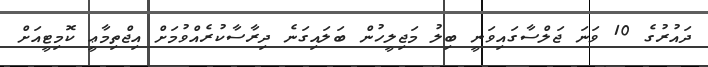
ދައުރުގެ 10 ވަނަ ޖަލްސާގައިވަނީ ބިލު މަޖިލީހުން ބަލައިގަނެ ދިރާސާކުރެއްވުމަށް އިޖްތިމާޢީ ކޮމިޓީއަށް